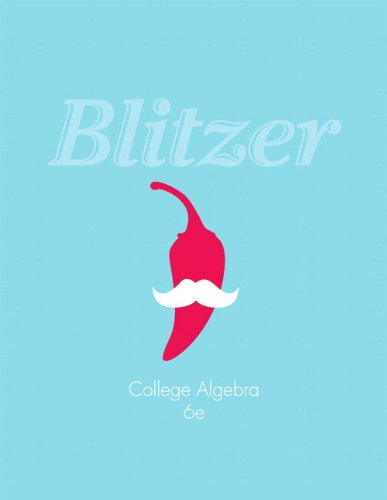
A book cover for College Algebra plus NEW MyMathLab with Pearson eText -- Access Card Package (6th Edition) (Blitzer Precalculus Series); Robert F. Blitzer; Science & Math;